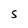
Character: S